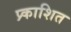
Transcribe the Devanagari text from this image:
प्र्काशित